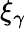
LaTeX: \xi_{\gamma}